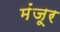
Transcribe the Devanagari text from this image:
मंंजूर